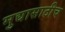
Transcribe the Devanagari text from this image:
मुद्यासाठीच